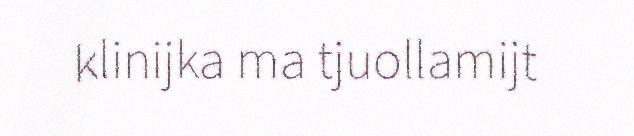
klinijka ma tjuollamijt